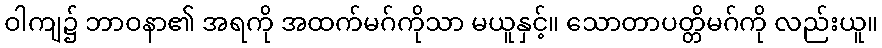
ဝါကျ၌ ဘာဝနာ၏ အရကို အထက်မဂ်ကိုသာ မယူနှင့်။ သောတာပတ္တိမဂ်ကို လည်းယူ။